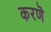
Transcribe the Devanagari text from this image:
करणॆ